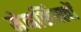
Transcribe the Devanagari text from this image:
मेनशिंस्त्वों